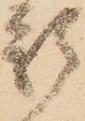
新